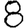
Digit: 8